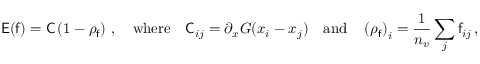
\mathsf { E } ( \mathsf { f } ) = \mathsf { C } \left( \mathrm { 1 } - \rho _ { \mathsf { f } } \right) \, , \quad \mathrm { w h e r e } \quad \mathsf { C } _ { i j } = \partial _ { x } G ( x _ { i } - x _ { j } ) \quad \mathrm { a n d } \quad \left( \rho _ { \mathsf { f } } \right) _ { i } = \frac { 1 } { n _ { v } } \sum _ { j } \mathsf { f } _ { i j } \, ,